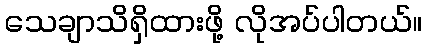
သေချာသိရှိထားဖို့ လိုအပ်ပါတယ်။